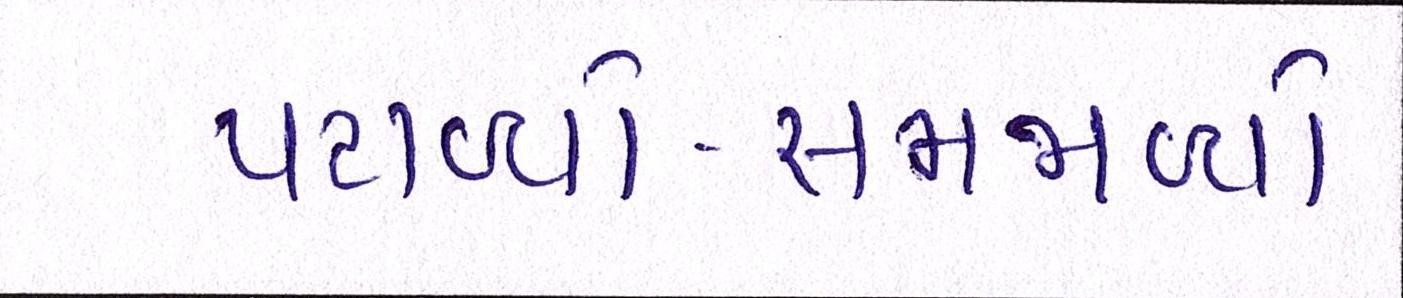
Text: પટાવ્યો-સમજાવ્યો